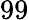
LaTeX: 99